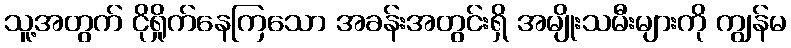
သူ့အတွက် ငိုရှိုက်နေကြသော အခန်းအတွင်းရှိ အမျိုးသမီးများကို ကျွန်မ